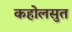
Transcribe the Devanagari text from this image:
कहोलसुत